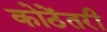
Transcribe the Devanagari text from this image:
कोठेंतरी